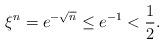
LaTeX: \begin{align*} \xi^n = e^{-\sqrt{n}} \leq e^{-1} < \frac{1}{2}.\end{align*}